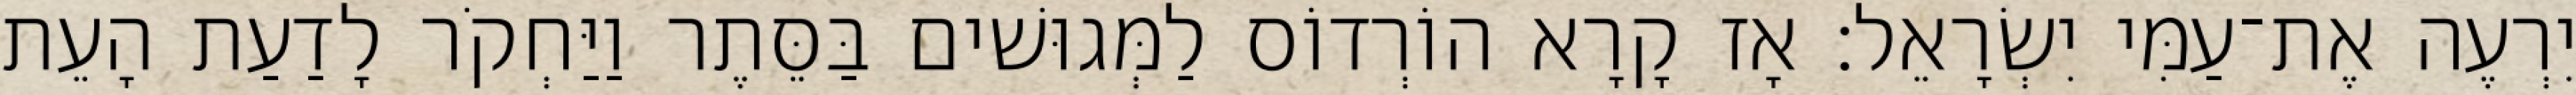
יִרְעֶה אֶת־עַמִּי יִשְׂרָאֵל׃ אָז קָרָא הוֹרְדוֹס לַמְּגוּשׁים בַּסֵּתֶר וַיַּחְקֹר לָדַעַת הָעֵת